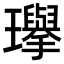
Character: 𪼰